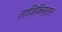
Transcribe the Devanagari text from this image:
ताजिकिस्ताऩ